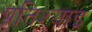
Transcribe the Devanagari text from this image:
प्रतिश्याइ